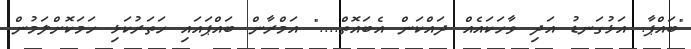
"ބައްޕާ. އަޅުގަނޑު އަދި ވާހަކައެއް ދައްކަން އެބައޮތް...." އަމްރާން ބައްޕައައި ހަތަރުކަޅި ހަމަކޮށްލަމުން